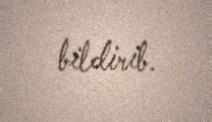
bildirib.